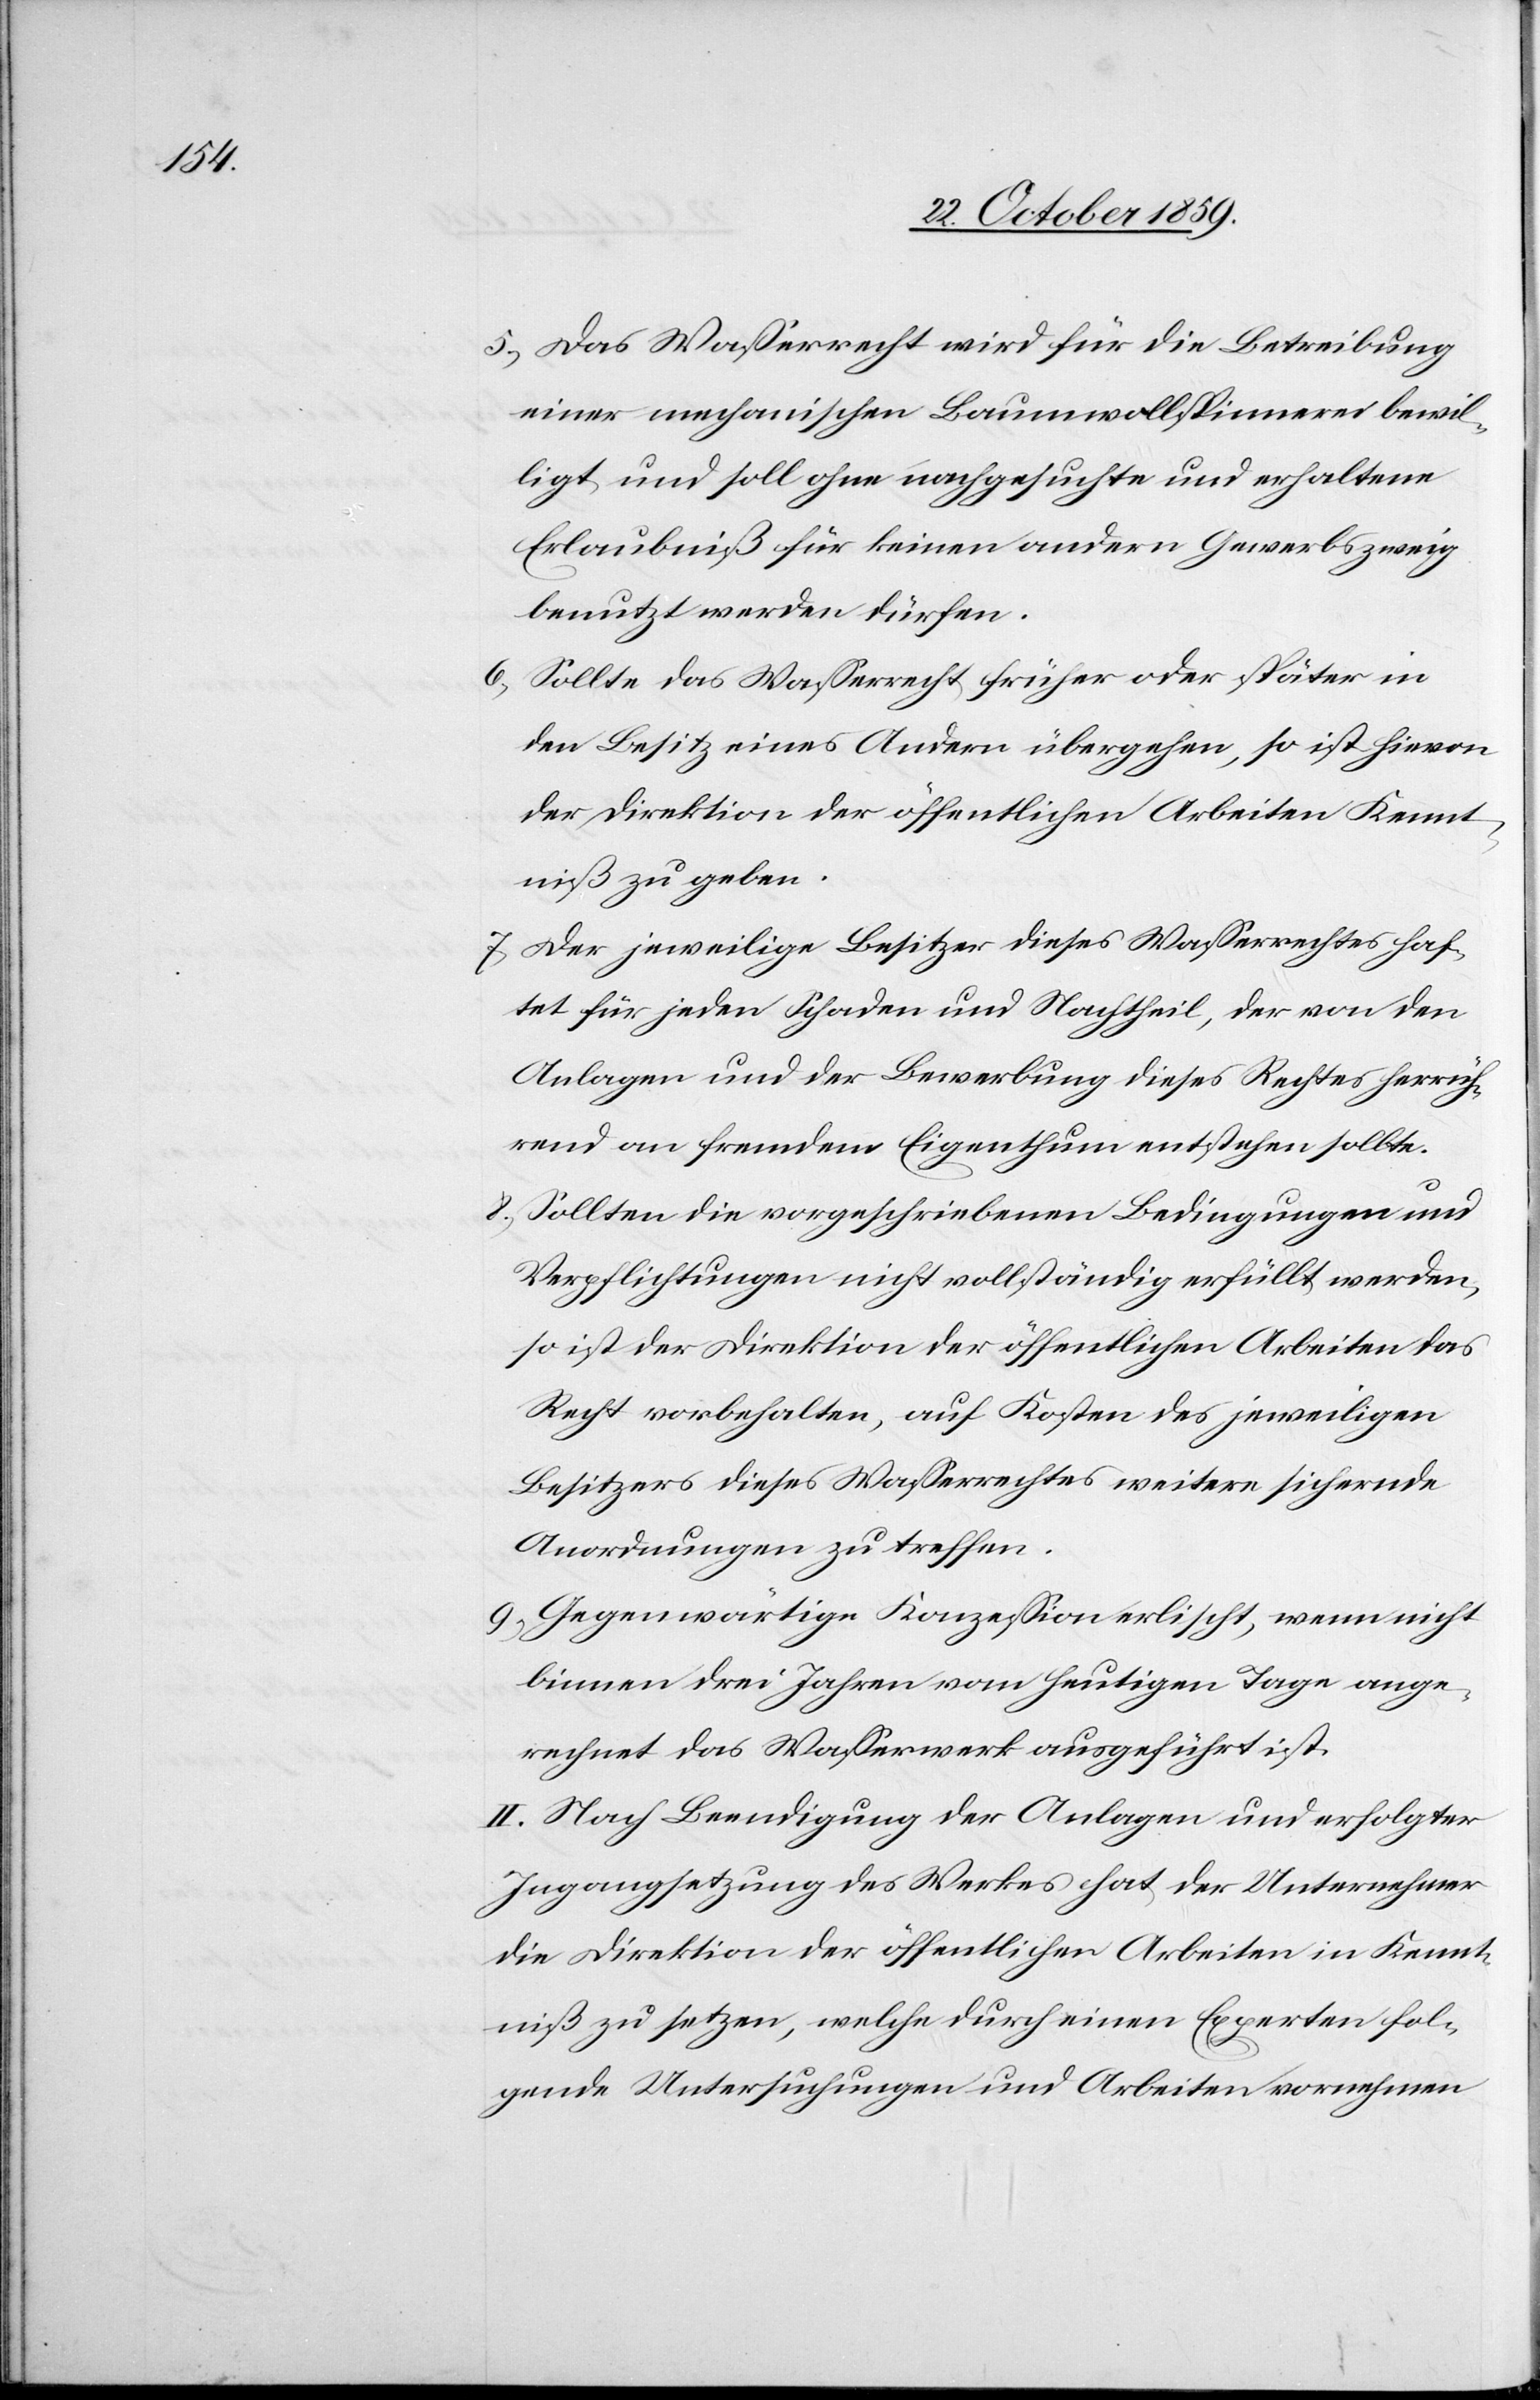
5) Das Wasserrecht wird für die Betreibung
einer mechanischen Baumwollspinnerei bewil¬
ligt und soll ohne nachgesuchte und erhaltene
Erlaubniß für keinen anderen Gewerbszweig
benutzt werden dürfen.
6) Sollte das Wasserrecht früher oder später in
den Besitz eines Anderen übergehen, so ist hievon
der Direktion der öffentlichen Arbeiten Kennt¬
niß zu geben.
7) Der jeweilige Besitzer dieses Wasserrechtes haf¬
tet für jeden Schaden und Nachtheil, der von den
Anlagen und der Bewerbung dieses Rechtes herrüh¬
rend an fremdem Eigenthum entstehen sollte.
8) Sollten die vorgeschriebenen Bedingungen und
Verpflichtungen nicht vollständig erfüllt werden,
so ist der Direktion der öffentlichen Arbeiten das
Recht vorbehalten, auf Kosten des jeweiligen
Besitzers dieses Wasserrechtes weitere sichernde
Anordnungen zu treffen.
9) Gegenwärtige Konzession erlischt, wenn nicht
binnen drei Jahren vom heutigen Tage ange¬
rechnet [sic!] das Wasserwerk ausgeführt ist.
II. Nach Beendigung der Anlagen und erfolgter
Ingangsetzung des Werkes hat der Unternehmer
die Direktion der öffentlichen Arbeiten in Kennt¬
niß zu setzen, welche durch einen Experten fol¬
gende Untersuchungen und Arbeiten vornehmen